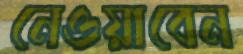
নেওয়াবেন